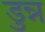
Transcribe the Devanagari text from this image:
डुन्न